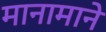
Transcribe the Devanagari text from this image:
मानामाने